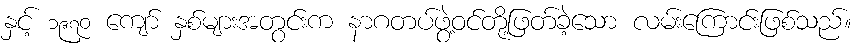
နှင့် ၁၉၇၀ ကျော် နှစ်များအတွင်းက နာဂတပ်ဖွဲ့ဝင်တို့ဖြတ်ခဲ့သော လမ်းကြောင်းဖြစ်သည်။